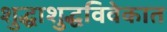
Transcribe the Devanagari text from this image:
शुद्धाशुद्धविवेकात